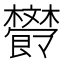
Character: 𣁩